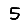
Digit: 5